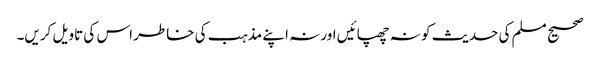
صحیح مسلم کی حدیث کو نہ چھپائیں اور نہ اپنے مذہب کی خاطر اس کی تاویل کریں۔